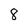
Character: 8